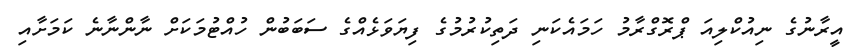
އީރާނުގެ ނިއުކްލިއަ ޕްރޮގްރާމު ހަމައެކަނި ދަތިކުރުމުގެ ފިޔަވަޅެއްގެ ސަބަބުން ހުއްޓުމަކަށް ނާންނާނެ ކަމަށާއި